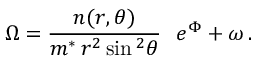
\Omega = \frac { n ( r , \theta ) } { m ^ { * } \, r ^ { 2 } \sin { } ^ { 2 } \theta } \, \, \, \, e ^ { \Phi } + \omega \, .